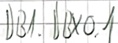
Text: DB1.DBX0.1